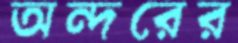
অন্দরের